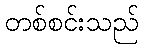
တစ်စင်းသည်